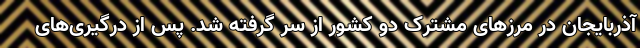
آذربایجان در مرزهای مشترک دو کشور از سر گرفته شد. پس از درگیری‌های